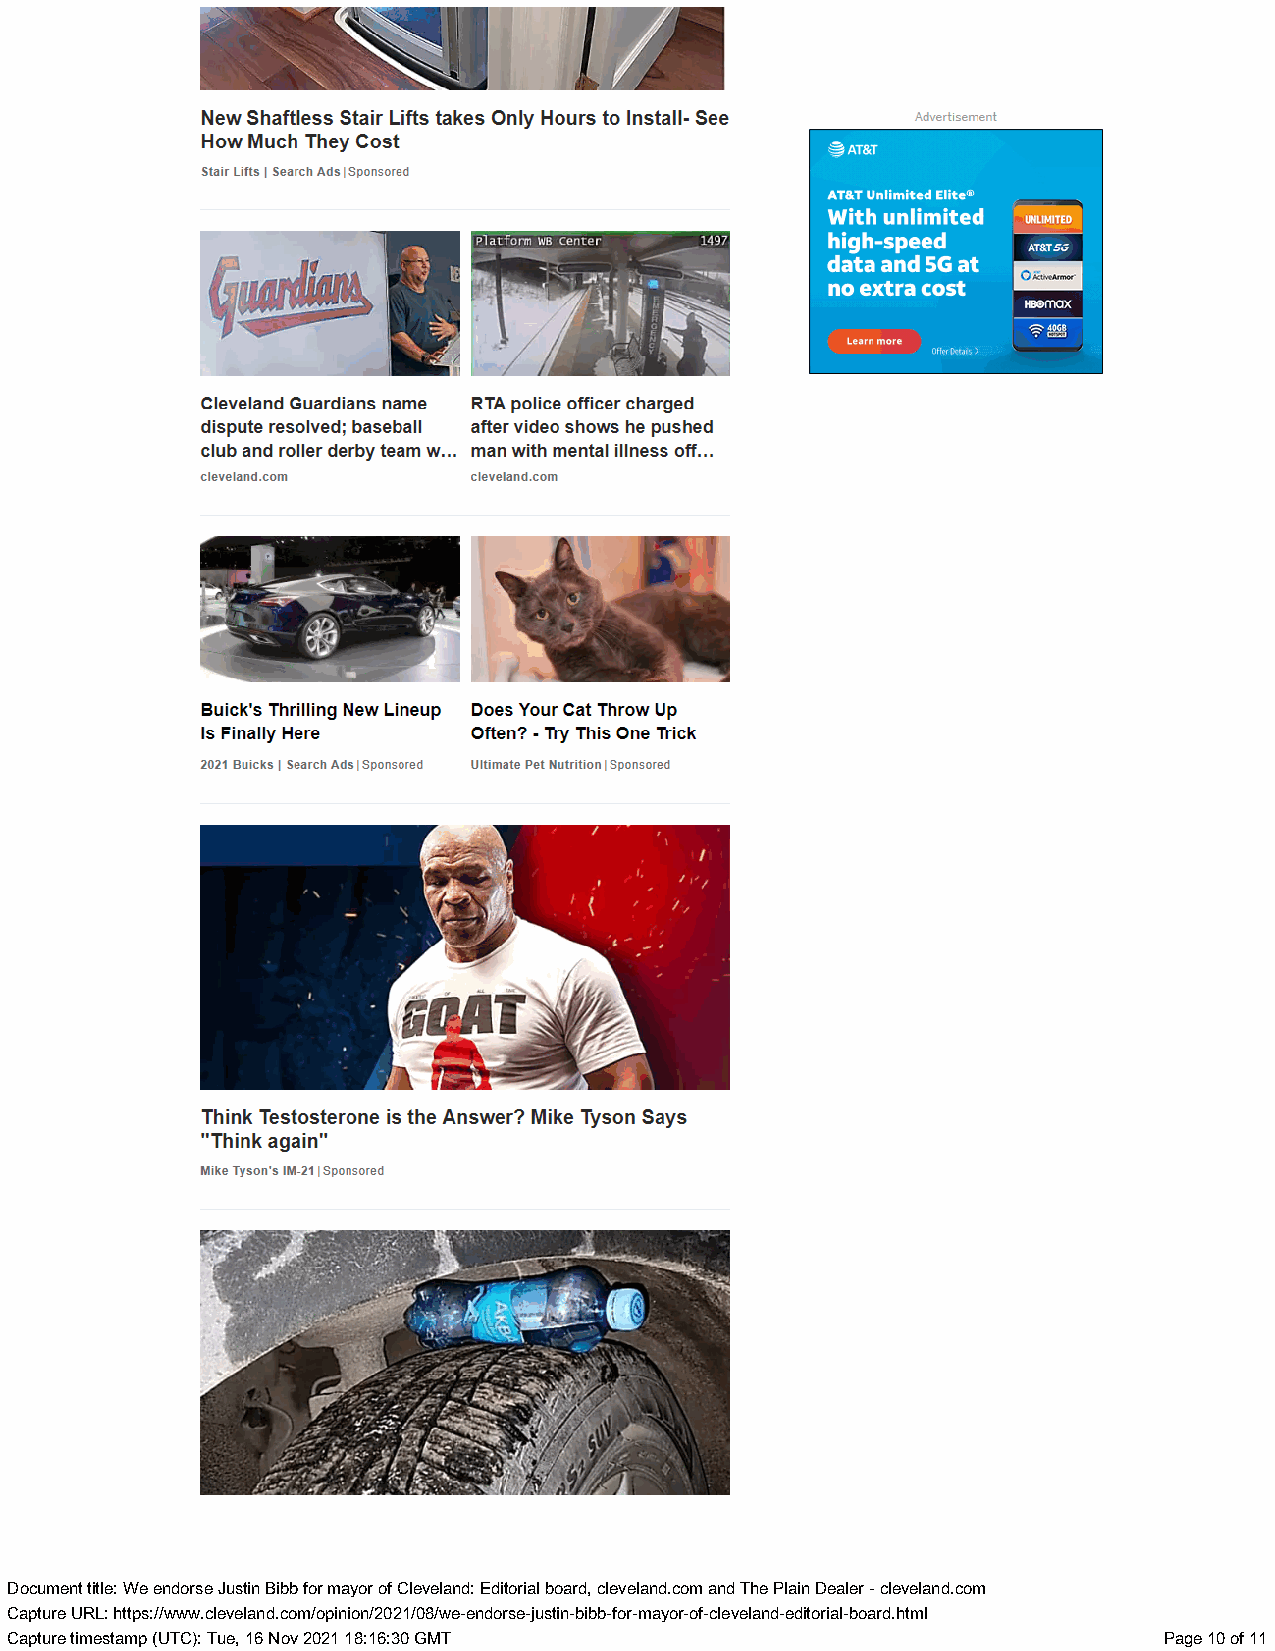
sn
 New Shaftless Stair Lifts takes Only Hours to Install- See Advertisement
 How Much They Cost                        < ater
 Stair Lifts | Search Ads | Sponsored
 AT&T Unlimited Elite®
 With unlimited —
 platform WE Center     high-speed   ATET5G
 7                                 LEVEE ECE   8 Sore]
 no extra cost
 HBOMAX
 = 8
 Learn more
 Offer Detais >
 Cleveland Guardians name RTA police officer charged
 dispute resolved; baseball after video shows he pushed
 club and roller derby team w... man with mental illness off...
 cleveland.com     cleveland.com
 /
 Buick's Thrilling New Lineup Does Your Cat Throw Up
 Is Finally Here   Often? - Try This One Trick
 2021 Buicks | Search Ads | Sponsored Ultimate Pet Nutrition | Sponsored
 Think Testosterone is the Answer? Mike Tyson Says
 "Think again”
 Mike Tyson's IM-21| Sponsored
 |Z T
 DDooccuummenetn t ttiittllee: : WWee eennddoorrssee JJuusstitinn BBiibbbb ffoorr mmaayyoro r ooff CClleevveellaannd:d : EEddititooriraial l bbooaardr,d , cclleevveellaanndd..ccoomm aanndd TThhee PPllaaiinn DDeeaaleler r -- cclleevveellaanndd..ccoomm
 CCaapptuturere UURRL:L : hhttttppss::///w/wwwww..cclleevveellaanndd..ccoomm/o/opipninioionn/2/202012/10/80/8w/ew-een-deonrdsoe-rsjeus-jtuisnt-inbi-bbbib-bfo-fro-rm-amyoary-oorf--ocfl-celveevleanladn-edd-ietdoirtoiraila-l-bbooaradr.dh.htmtml l
 CCaapptuturere ttiimmeessttaammpp ((UUTTCC):) : TTuue,e , 1166 NNoovv 2200221 1 1188::1166::3300 GGMMTT PPaaggee 1100 ooff 1111